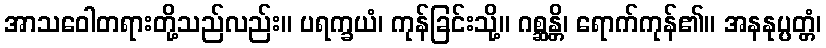
အာသဝေါတရားတို့သည်လည်း။ ပရက္ခယံ၊ ကုန်ခြင်းသို့။ ဂစ္ဆန္တိ၊ ရောက်ကုန်၏။ အနနုပ္ပတ္တံ၊